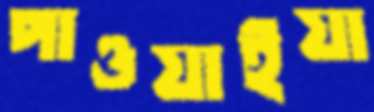
পাওয়াইয়া